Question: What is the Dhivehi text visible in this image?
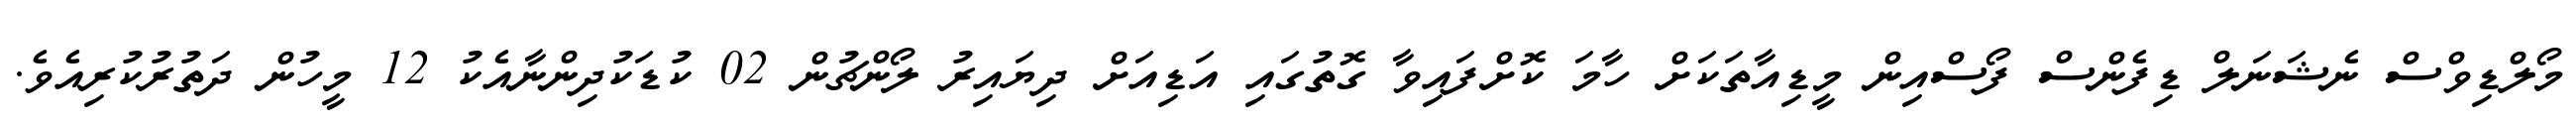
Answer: މޯލްޑިވްސް ނެޝަނަލް ޑިފެންސް ފޯސްއިން މީޑިއާތަކަށް ހާމަ ކޮށްފައިވާ ގޮތުގައި އަޑިއަށް ދިޔައިރު ލޯންޗުން 02 ކުޑަކުދިންނާއެކު 12 މީހުން ދަތުރުކުރިއެވެ.